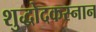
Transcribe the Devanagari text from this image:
शुद्धोदकस्नान